Report of the Municipal Commissioner on the plague in Bombay for the year ending 31st May... - Volume 3
Disease focus: Plague
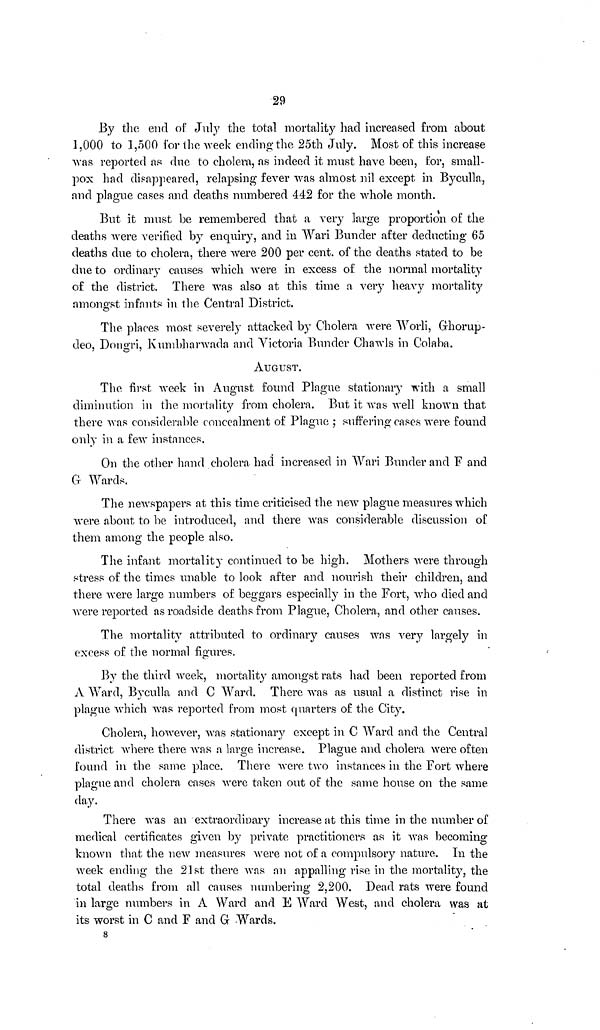
29
By the end of July the total mortality had increased from about
1,000 to 1,500 for the week ending the 25th July. Most of this increase
was reported as due to cholera, as indeed it must have been, for, small-
pox had disappeared, relapsing fever was almost nil except in Byculla,
and plague cases and deaths numbered 442 for the whole month.
But it must be remembered that a very large proportion of the
deaths were verified by enquiry, and in Wari Bunder after deducting 65
deaths due to cholera, there were 200 per cent. of the deaths stated to be
due to ordinary causes which were in excess of the normal mortality
of the district. There was also at this time a very heavy mortality
amongst infants in the Central District.
The places most severely attacked by Cholera were Worli, Ghorup-
deo, Dongri, Kumbharwada and Victoria Bunder Chawls in Colaba.
AUGUST.
The first week in August found Plague stationary with a small
diminution in the mortality from cholera. But it was well known that
there was considerable concealment of Plague ; suffering cases were found
only in a few instances.
On the other hand cholera had increased in Wari Bunder and F and
G Wards.
The newspapers at this time criticised the new plague measures which
were about to be introduced, and there was considerable discussion of
them among the people also.
The infant mortality continued to be high. Mothers were through
stress of the times unable to look after and nourish their children, and
there were large numbers of beggars especially in the Fort, who died and
were reported as roadside deaths from Plague, Cholera, and other causes.
The mortality attributed to ordinary causes was very largely in
excess of the normal figures.
By the third week, mortality amongst rats had been reported from
A Ward, Byculla and C Ward. There was as usual a distinct rise in
plague which was reported from most quarters of the City.
Cholera, however, was stationary except in C Ward and the Central
district where there was a large increase. Plague and cholera were often
found in the same place. There were two instances in the Fort where
plague and cholera cases were taken out of the same house on the same
day.
There was an extraordinary increase at this time in the number of
medical certificates given by private practitioners as it was becoming
known that the new measures were not of a compulsory nature. In the
week ending the 21st there was an appalling rise in the mortality, the
total deaths from all causes numbering 2,200. Dead rats were found
in large numbers in A Ward and E Ward West, and cholera was at
its worst in C and F and G Wards.
8